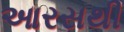
આરસથી